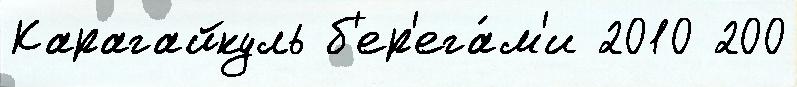
Карагайкуль б'ер'ега́м'и 2010 200